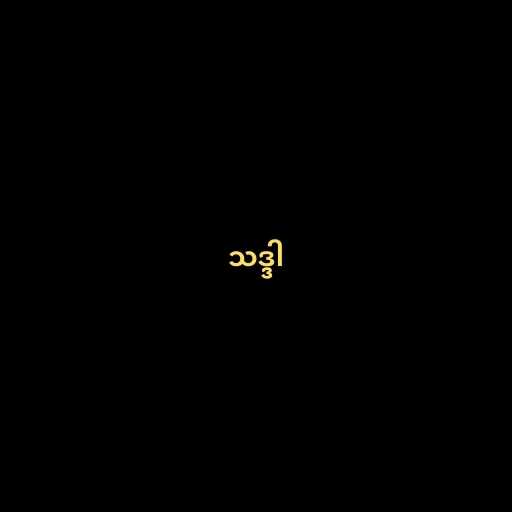
သဒ္ဒါ